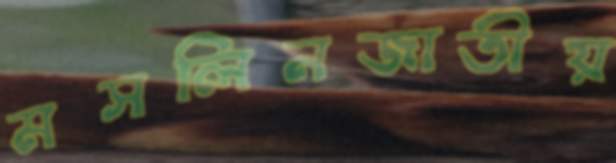
মসলিনজাতীয়